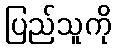
ပြည်သူကို